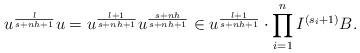
LaTeX: \begin{align*} u^{\frac{l}{s+nh+1}}u = u^{\frac{l+1}{s+nh+1}}u^{\frac{s+nh}{s+nh+1}} \in u^{\frac{l+1}{s+nh+1}} \cdot \prod_{i=1}^n I^{(s_i+1)}B. \end{align*}